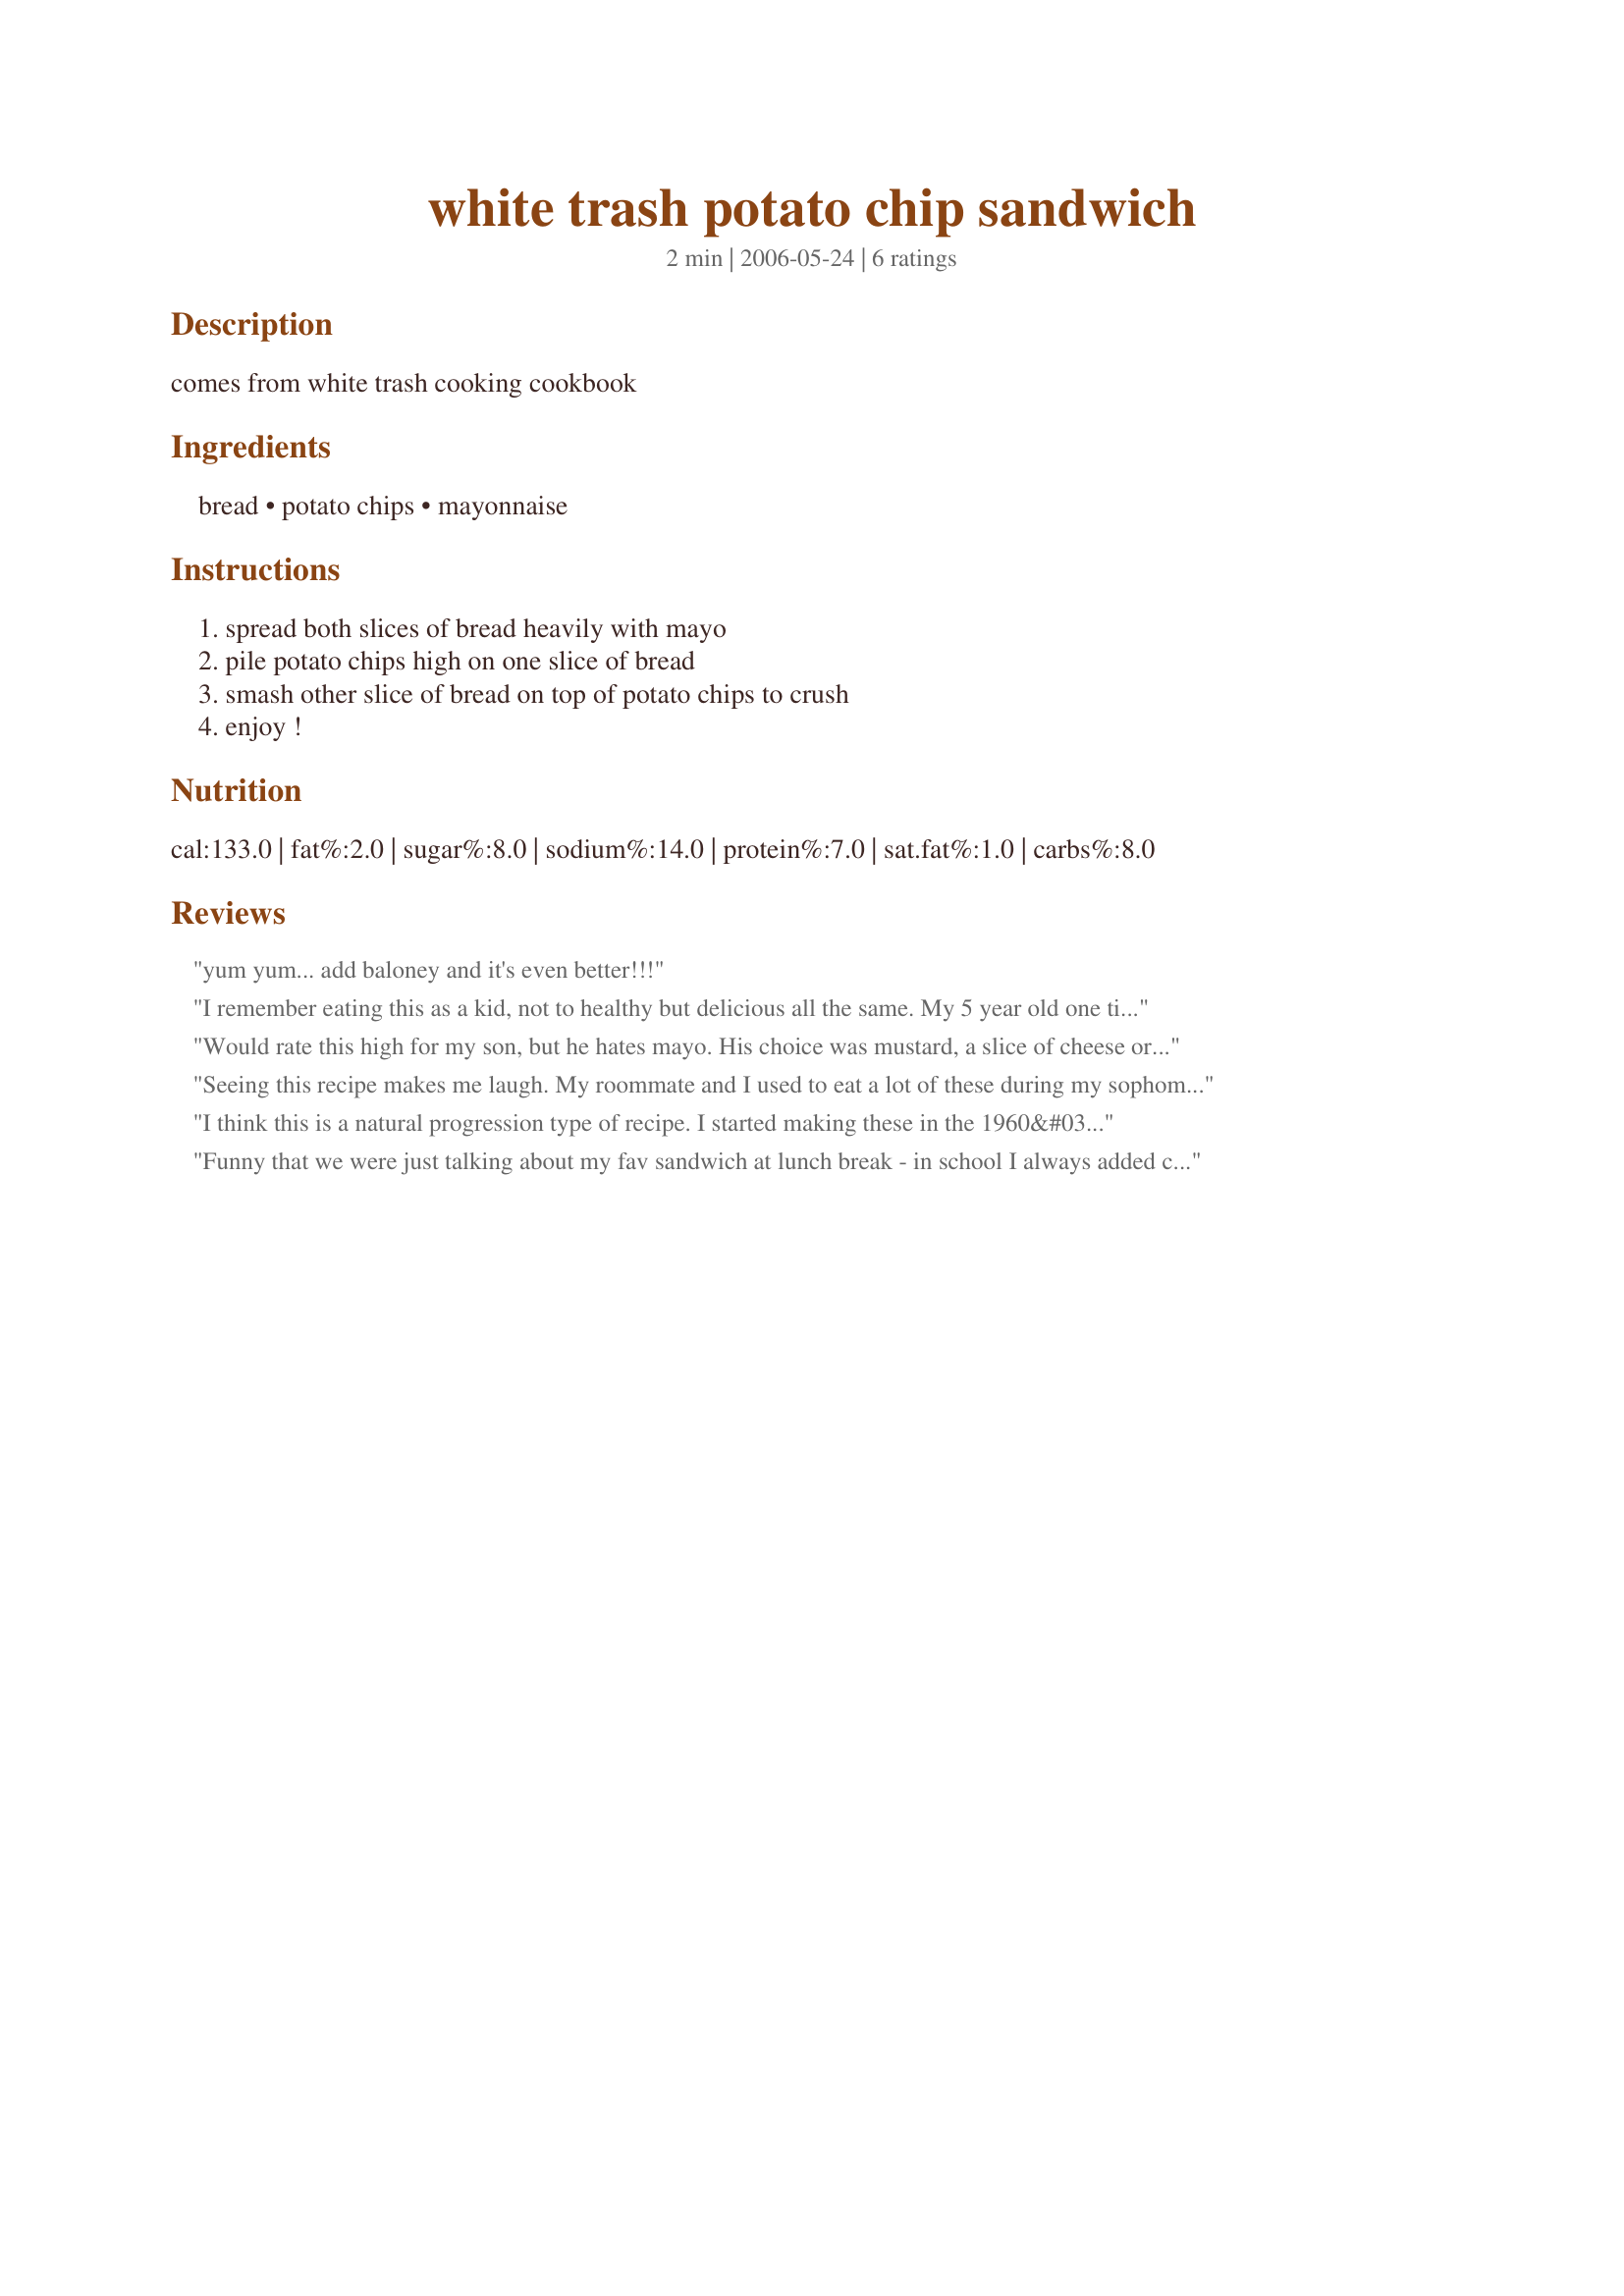
white trash potato chip sandwich
Preparation time: 2 minutes

comes from white trash cooking cookbook

Ingredients:
bread, potato chips, mayonnaise

Steps:
spread both slices of bread heavily with mayo, pile potato chips high on one slice of bread, smash other slice of bread on top of potato chips to crush, enjoy !

Reviews:
yum yum... add baloney and it's even better!!!
I remember eating this as a kid, not to healthy but delicious all the same. My 5 year old one time asked for it for breakfast, normally I would not do it but I did that day and just hoped his teacher would not ask him what he ate for breakfast. It is also good with Doritos. Thanks for the memories.
Would rate this high for my son, but he hates mayo. His choice was mustard, a slice of cheese or two, three, and whatever chips we had in the pantry...He pretty much lived on it when the choice was his!! If we had corn chips he would disappear with a couple of these sandwhiches and the jar of picante sauce.
Seeing this recipe makes me laugh. My roommate and I used to eat a lot of these during my sophomore year of college. We would use Cool Ranch Doritos. YUMMY!
I think this is a natural progression type of recipe. I started making these in the 1960&#039;s while trying to get a fix for my french fry desires. I always thought I had invented the thing. Lol! I made the mistake of showing my 7 and 8 year old sons this easy dish about 10 years ago. They still make them, trying different things to modify the flavor. I&#039;m sure they will pass the recipe on to their kids one day. &lt;br/&gt;&lt;br/&gt;I bet you are the types who put Ketchup on potato chips wishing they were really fresh french fries.&lt;br/&gt;&lt;br/&gt;Thanks for making feel more normal. My brother, a health nut, thinks I was adopted or something. He was less happy when he saw one of my sons making one a couple of years ago. &lt;br/&gt;&lt;br/&gt;I am going to have to break out of my box and try it with peanut butter. &lt;br/&gt;&lt;br/&gt;P.S. I could live on french fries!
Funny that we were just talking about my fav sandwich at lunch break - in school I always added chips to my sandwiches and still make chip sandwiches one in awhile. Usually I just use butter but will try it with the mayo
